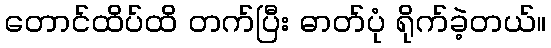
တောင်ထိပ်ထိ တက်ပြီး ဓာတ်ပုံ ရိုက်ခဲ့တယ်။